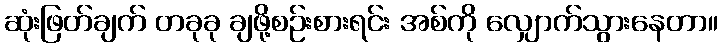
ဆုံးဖြတ်ချက် တခုခု ချဖို့စဉ်းစားရင်း အစ်ကို လျှောက်သွားနေတာ။